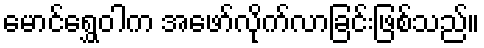
မောင်ရွှေဝါက အဖော်လိုက်လာခြင်းဖြစ်သည်။